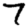
Digit: 7